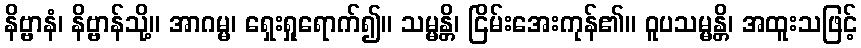
နိဗ္ဗာနံ၊ နိဗ္ဗာန်သို့။ အာဂမ္မ၊ ရှေးရှုရောက်၍။ သမ္မန္တိ၊ ငြိမ်းအေးကုန်၏။ ဝူပသမ္မန္တိ၊ အထူးသဖြင့်